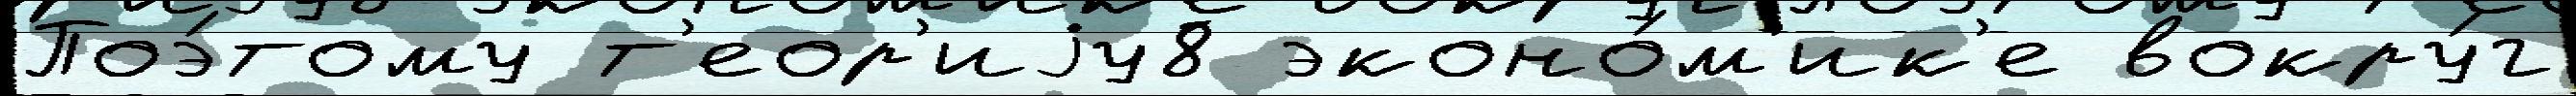
Поэ́тому т'еор'иjу8 эконо́м'ик'е вокру́г